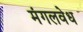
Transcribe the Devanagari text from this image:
मंगलवेध